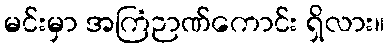
မင်းမှာ အကြံဉာဏ်ကောင်း ရှိလား။